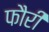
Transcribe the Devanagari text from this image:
फौरी